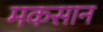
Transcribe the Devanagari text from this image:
मकसान